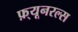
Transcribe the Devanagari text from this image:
फ़्यूनरल्स